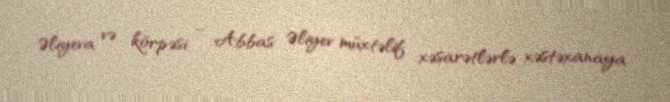
Əliyeva və körpəsi – Abbas Əliyev müxtəlif xəsarətlərlə xəstəxanaya